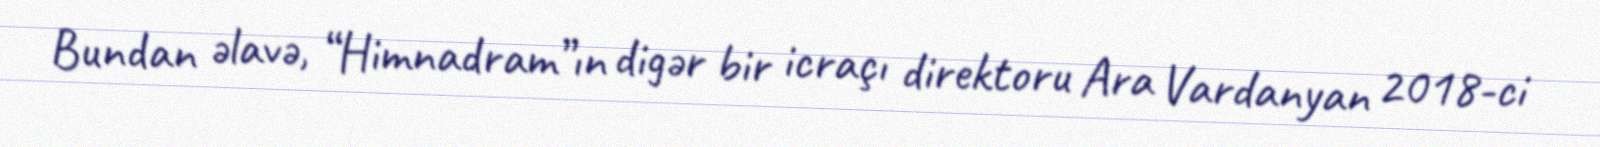
Bundan əlavə, “Himnadram”ın digər bir icraçı direktoru Ara Vardanyan 2018-ci